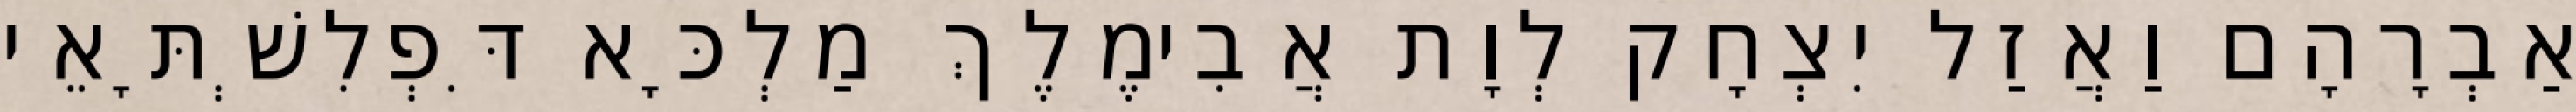
אַבְרָהָם וַאֲזַל יִצְחָק לְוָת אֲבִימֶלֶךְ מַלְכָּא דִּפְלִשְׁתָּאֵי